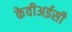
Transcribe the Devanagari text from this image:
केवीअईसी